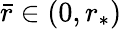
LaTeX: \bar{r}\in(0,r_{*})